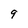
Character: 9